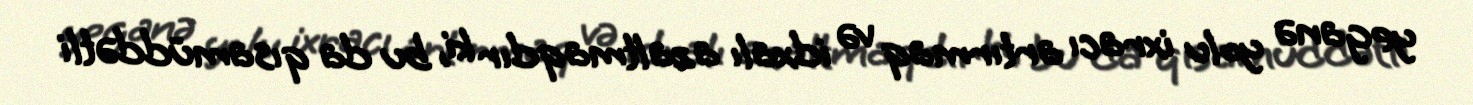
yeganə yolu ixracı artırmaq və idxalı azaltmaqdır ki, bu da qısamüddətli